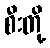
စီးတို့